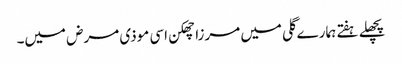
پچھلے ہفتے ہمارے گلی میں مرزا چھکن اسی موذی مرض میں۔